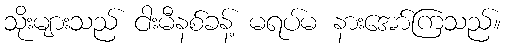
သိုးများသည် ငါးမီနစ်ခန့် မရပ်မ နားအော်ကြသည်။